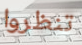
تنظروا